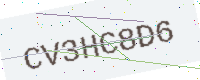
Text: CV3HC8D6